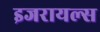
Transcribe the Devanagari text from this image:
इजरायल्स